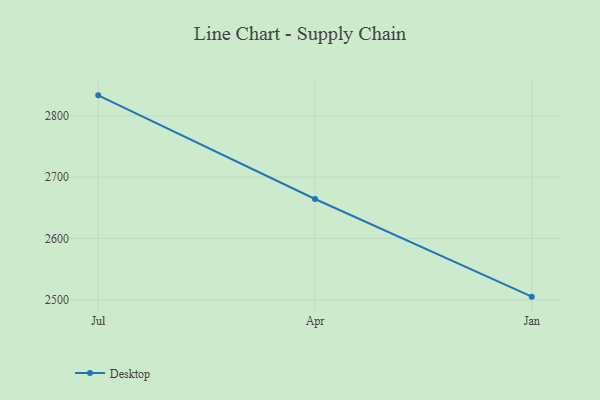
{"axis": {"x": "Month", "y": "Population (Million)"}, "legend": ["Desktop"], "data": [{"x": "Jul", "y": 2833.3, "type": "Desktop"}, {"x": "Apr", "y": 2664.3, "type": "Desktop"}, {"x": "Jan", "y": 2505.0, "type": "Desktop"}]}